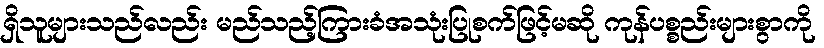
ရှိသူများသည်လည်း မည်သည့်ကြားခံအသုံးပြုစက်ဖြင့်မဆို ကုန်ပစ္စည်းများစွာကို